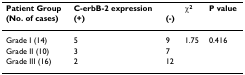
<table><thead><tr><td><b>Patient Group</b></td><td colspan="2"><b>C-erbB-2 expression</b></td><td><b>χ<sup>2</sup></b></td><td><b>P value</b></td></tr><tr><td><b>(No. of cases)</b></td><td><b>(+)</b></td><td><b>(-)</b></td><td></td><td></td></tr></thead><tbody><tr><td>Grade I (14)</td><td>5</td><td>9</td><td>1.75</td><td>0.416</td></tr><tr><td>Grade II (10)</td><td>3</td><td>7</td><td></td><td></td></tr><tr><td>Grade III (16)</td><td>2</td><td>12</td><td></td><td></td></tr></tbody></table>